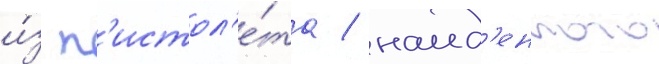
и́з п'истол'е́та / наид'енного